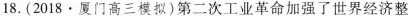
18.(2018·厦门高三模拟)第二次工业革命加强了世界经济整